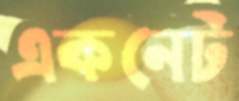
একনেট